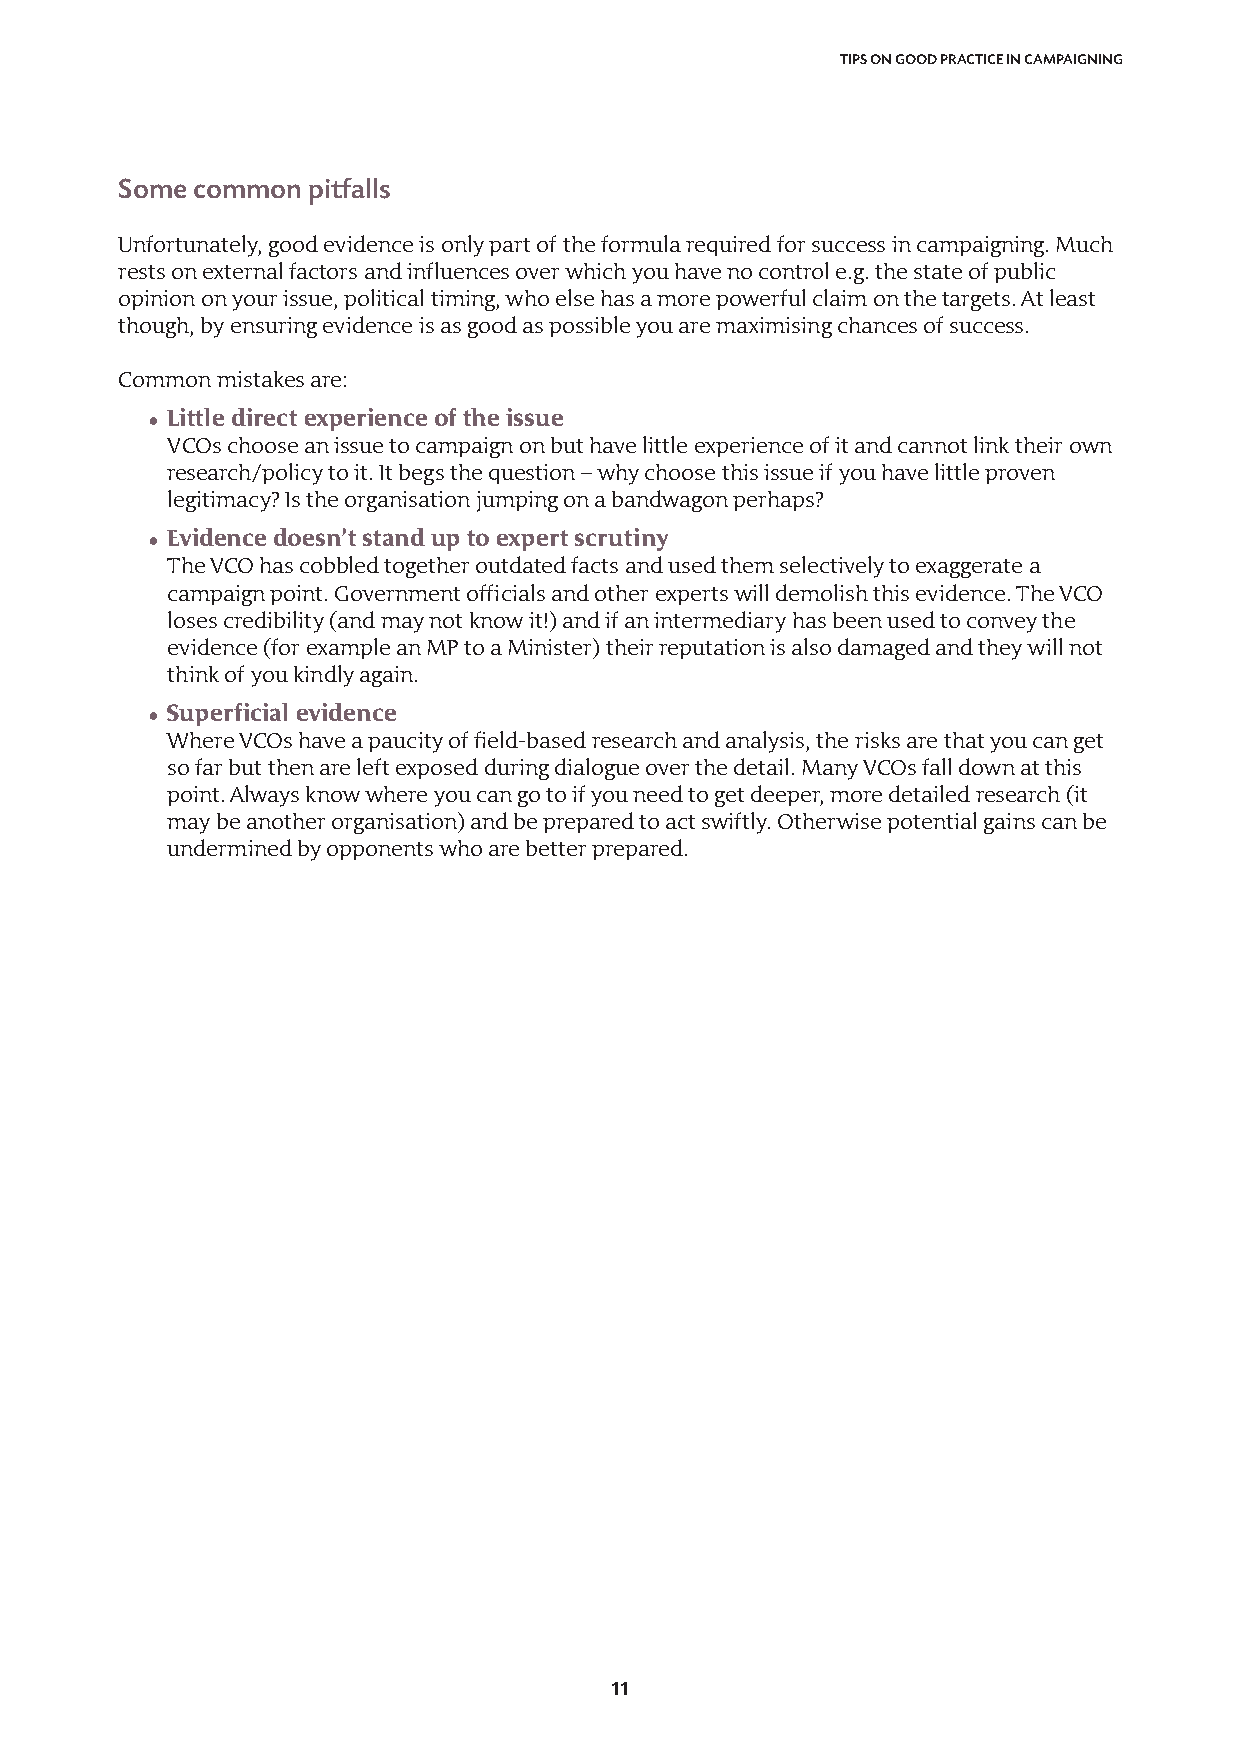
TIPS ON GOOD PRACTICE IN CAMPAIGNING
 Some common pitfalls
 Unfortunately, good evidence is only part of the formula required for success in campaigning. Much
 rests on external factors and influences over which you have no control e.g. the state of public
 opinion on your issue, political timing, who else has a more powerful claim on the targets. At least
 though, by ensuring evidence is as good as possible you are maximising chances of success.
 Common mistakes are:
 • Little direct experience of the issue
 VCOs choose an issue to campaign on but have little experience of it and cannot link their own
 research/policy to it. It begs the question – why choose this issue if you have little proven
 legitimacy? Is the organisation jumping on a bandwagon perhaps?
 • Evidence doesn’t stand up to expert scrutiny
 The VCO has cobbled together outdated facts and used them selectively to exaggerate a
 campaign point. Government officials and other experts will demolish this evidence. The VCO
 loses credibility (and may not know it!) and if an intermediary has been used to convey the
 evidence (for example an MP to a Minister) their reputation is also damaged and they will not
 think of you kindly again.
 • Superficial evidence
 Where VCOs have a paucity of field-based research and analysis, the risks are that you can get
 so far but then are left exposed during dialogue over the detail. Many VCOs fall down at this
 point. Always know where you can go to if you need to get deeper, more detailed research (it
 may be another organisation) and be prepared to act swiftly. Otherwise potential gains can be
 undermined by opponents who are better prepared.
 11